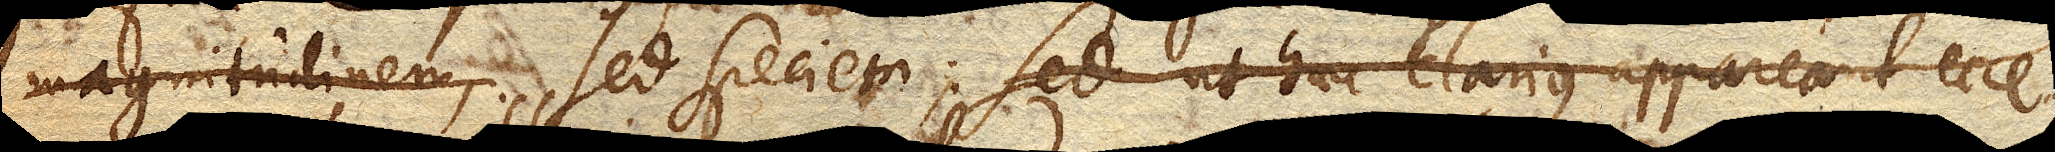
magnitudinem , sed speciem: Sed haec clarius apparebunt